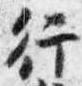
行